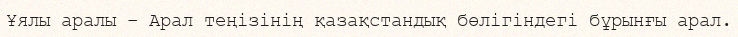
Ұялы аралы – Арал теңізінің қазақстандық бөлігіндегі бұрынғы арал.